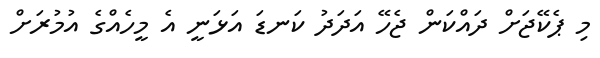
މި ޕެކޭޖަށް ދައްކަން ޖެހޭ އަދަދު ކަނޑަ އަޅަނީ އެ މީހެއްގެ އުމުރަށް